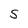
Character: S